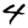
Digit: 4